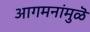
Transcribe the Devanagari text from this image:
आगमनांमुळॆ